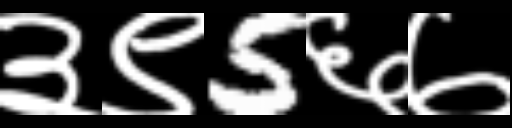
Text: ३९5६७